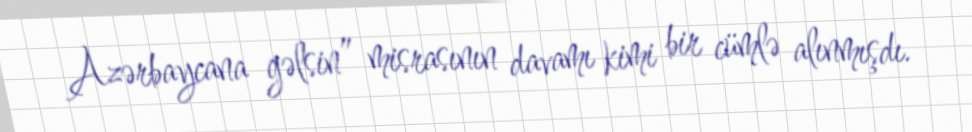
Azərbaycana gəlsin” misrasının davamı kimi bir cümlə alınmışdı.